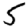
Digit: 5